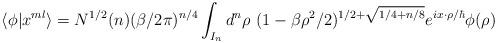
LaTeX: \begin{align*}\langle \phi | x^{ml} \rangle =N^{1/2}(n) ( \beta /2 \pi)^{n/4}\int_{I_n} d^n \rho~ (1- \beta \rho^2/2)^{1/2+ \sqrt{1/4 + n/8}}e^{i x \cdot \rho/\hbar} \phi(\rho)\end{align*}